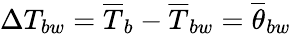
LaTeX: \Delta T_{bw}=\overline{{T}}_{b}-\overline{{T}}_{bw}=\overline{{\theta}}_{bw}